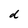
Character: d